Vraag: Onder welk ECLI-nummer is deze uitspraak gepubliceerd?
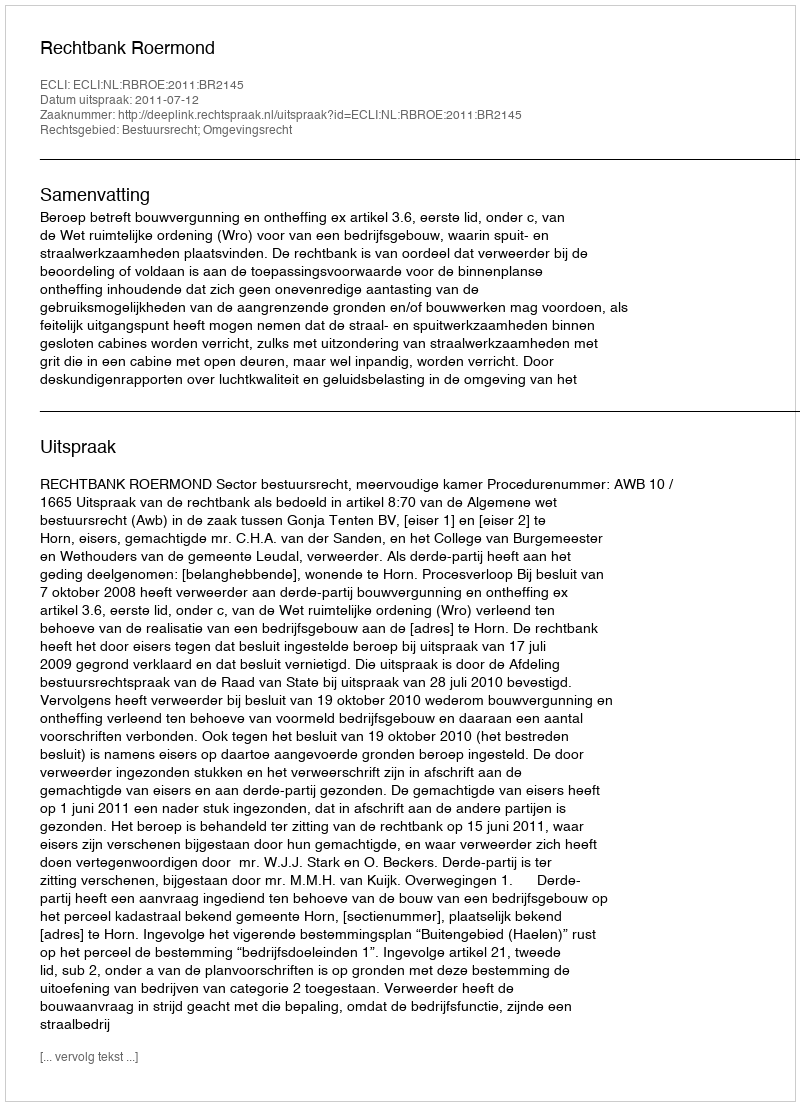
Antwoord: ECLI:NL:RBROE:2011:BR2145